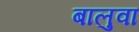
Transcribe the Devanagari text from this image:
बालुवा